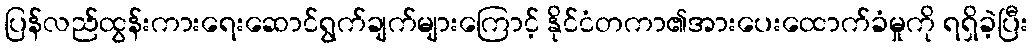
ပြန်လည်ထွန်းကားရေးဆောင်ရွက်ချက်များကြောင့် နိုင်ငံတကာ၏အားပေးထောက်ခံမှုကို ရရှိခဲ့ပြီး